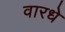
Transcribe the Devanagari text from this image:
वारधे